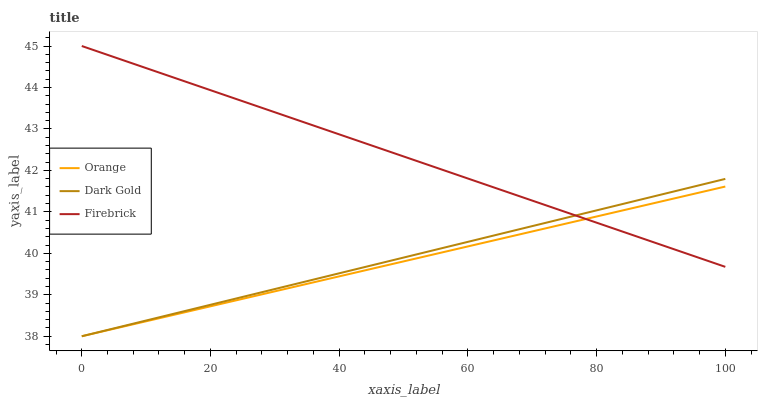
| xaxis_label | Orange | Dark Gold | Firebrick |
 | --- | --- | --- | --- |
 | 0 | 38 | 38 | 45 |
 | 5.56 | 38.2 | 38.2 | 44.7 |
 | 11.1 | 38.4 | 38.4 | 44.4 |
 | 16.7 | 38.6 | 38.6 | 44.1 |
 | 22.2 | 38.8 | 38.8 | 43.8 |
 | 27.8 | 39 | 39.1 | 43.5 |
 | 33.3 | 39.2 | 39.3 | 43.2 |
 | 38.9 | 39.4 | 39.5 | 42.9 |
 | 44.4 | 39.6 | 39.7 | 42.6 |
 | 50 | 39.8 | 39.9 | 42.3 |
 | 55.6 | 40 | 40.1 | 42 |
 | 61.1 | 40.2 | 40.3 | 41.7 |
 | 66.7 | 40.4 | 40.5 | 41.4 |
 | 72.2 | 40.6 | 40.7 | 41.2 |
 | 77.8 | 40.8 | 41 | 40.9 |
 | 83.3 | 41 | 41.2 | 40.6 |
 | 88.9 | 41.2 | 41.4 | 40.3 |
 | 94.4 | 41.4 | 41.6 | 40 |
 | 100 | 41.6 | 41.8 | 39.7 |